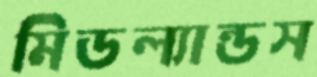
মিডল্যান্ডস